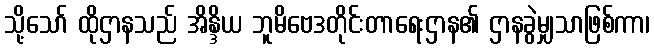
သို့သော် ထိုဌာနသည် အိန္ဒိယ ဘူမိဗေဒတိုင်းတာရေးဌာန၏ ဌာနခွဲမျှသာဖြစ်ကာ၊